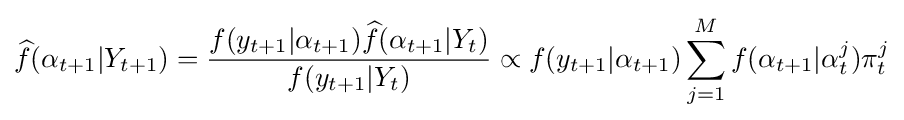
{\widehat {f}}(\alpha _{t+1}|Y_{t+1})={\frac {f(y_{t+1}|\alpha _{t+1}){\widehat {f}}(\alpha _{t+1}|Y_{t})}{f(y_{t+1}|Y_{t})}}\propto f(y_{t+1}|\alpha _{t+1})\sum _{j=1}^{M}f(\alpha _{t+1}|\alpha _{t}^{j})\pi _{t}^{j}